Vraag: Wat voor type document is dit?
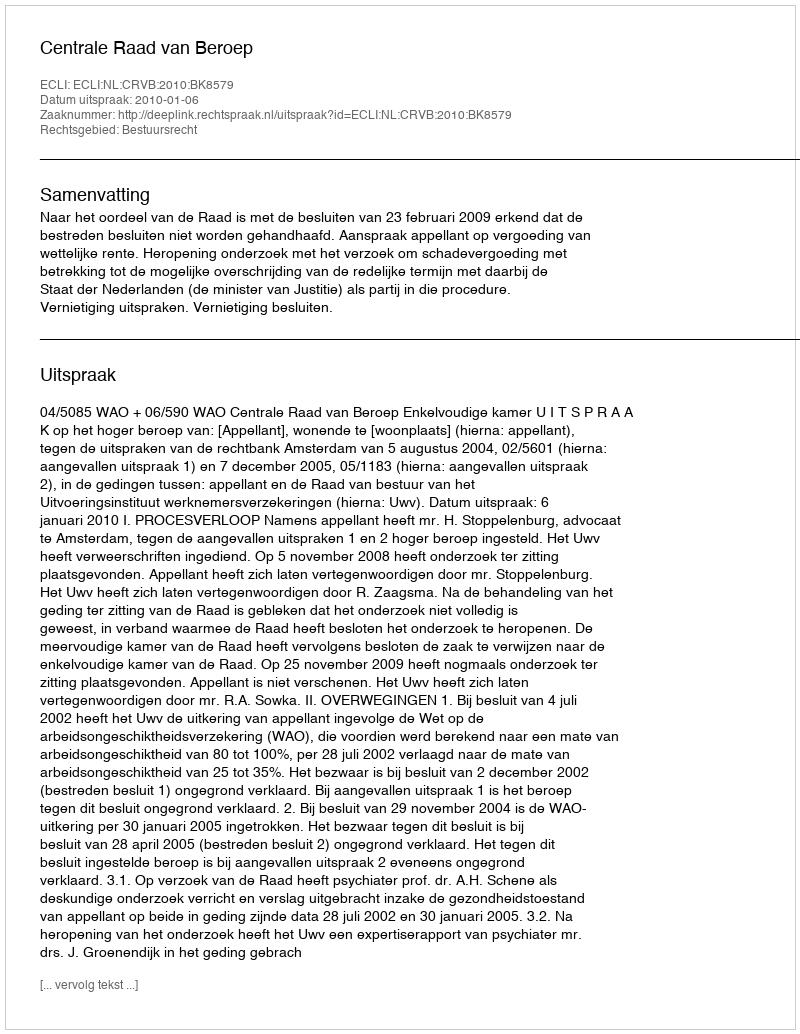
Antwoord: Uitspraak